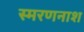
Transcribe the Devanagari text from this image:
स्मरणनाश